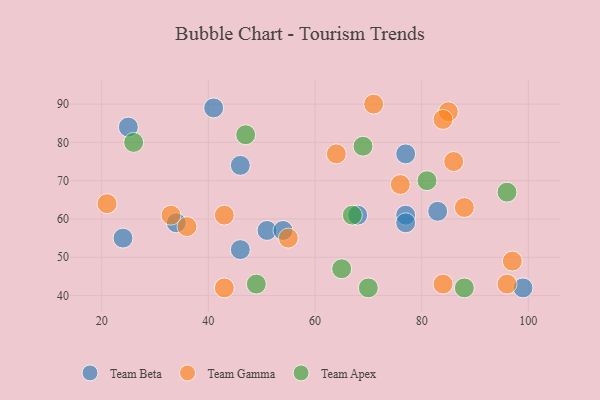
{"axis": {"x": "GDP", "y": "Life Expectancy"}, "legend": ["Team Apex", "Team Beta", "Team Gamma"], "data": [{"x": "77", "y": 61, "type": "Team Beta"}, {"x": "51", "y": 57, "type": "Team Beta"}, {"x": "46", "y": 52, "type": "Team Beta"}, {"x": "54", "y": 57, "type": "Team Beta"}, {"x": "77", "y": 59, "type": "Team Beta"}, {"x": "24", "y": 55, "type": "Team Beta"}, {"x": "77", "y": 77, "type": "Team Beta"}, {"x": "83", "y": 62, "type": "Team Beta"}, {"x": "46", "y": 74, "type": "Team Beta"}, {"x": "34", "y": 59, "type": "Team Beta"}, {"x": "68", "y": 61, "type": "Team Beta"}, {"x": "41", "y": 89, "type": "Team Beta"}, {"x": "25", "y": 84, "type": "Team Beta"}, {"x": "99", "y": 42, "type": "Team Beta"}, {"x": "85", "y": 88, "type": "Team Gamma"}, {"x": "64", "y": 77, "type": "Team Gamma"}, {"x": "21", "y": 64, "type": "Team Gamma"}, {"x": "55", "y": 55, "type": "Team Gamma"}, {"x": "96", "y": 43, "type": "Team Gamma"}, {"x": "36", "y": 58, "type": "Team Gamma"}, {"x": "71", "y": 90, "type": "Team Gamma"}, {"x": "43", "y": 61, "type": "Team Gamma"}, {"x": "88", "y": 63, "type": "Team Gamma"}, {"x": "97", "y": 49, "type": "Team Gamma"}, {"x": "76", "y": 69, "type": "Team Gamma"}, {"x": "84", "y": 86, "type": "Team Gamma"}, {"x": "84", "y": 43, "type": "Team Gamma"}, {"x": "86", "y": 75, "type": "Team Gamma"}, {"x": "33", "y": 61, "type": "Team Gamma"}, {"x": "43", "y": 42, "type": "Team Gamma"}, {"x": "96", "y": 67, "type": "Team Apex"}, {"x": "88", "y": 42, "type": "Team Apex"}, {"x": "47", "y": 82, "type": "Team Apex"}, {"x": "81", "y": 70, "type": "Team Apex"}, {"x": "65", "y": 47, "type": "Team Apex"}, {"x": "69", "y": 79, "type": "Team Apex"}, {"x": "70", "y": 42, "type": "Team Apex"}, {"x": "49", "y": 43, "type": "Team Apex"}, {"x": "67", "y": 61, "type": "Team Apex"}, {"x": "26", "y": 80, "type": "Team Apex"}]}